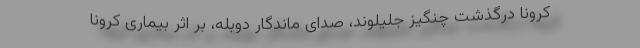
کرونا درگذشت چنگیز جلیلوند، صدای ماندگار دوبله، بر اثر بیماری کرونا